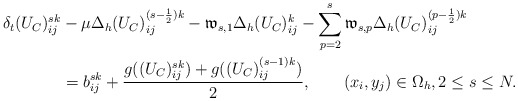
\begin{align*} \delta_{t}(U_C)^{sk}_{ij}&-\mu\Delta_{h} (U_C)^{(s-\frac{1}{2})k}_{ij}- \mathfrak{w}_{s,1}\Delta_{h} (U_C)^{k}_{ij}-\sum_{p=2}^{s}\mathfrak{w}_{s,p}\Delta_{h} (U_C)^{(p-\frac{1}{2})k}_{ij} \\&=b^{sk}_{ij}+\frac{g((U_C)^{sk}_{ij})+g((U_C)^{(s-1)k}_{ij})}{2}, \qquad(x_i,y_j)\in\Omega_{h},2\leq s\leq N. \end{align*}